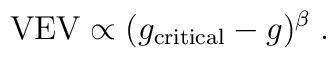
{\rm VEV}\propto(g_{\rm critical}-g)^\beta\; .